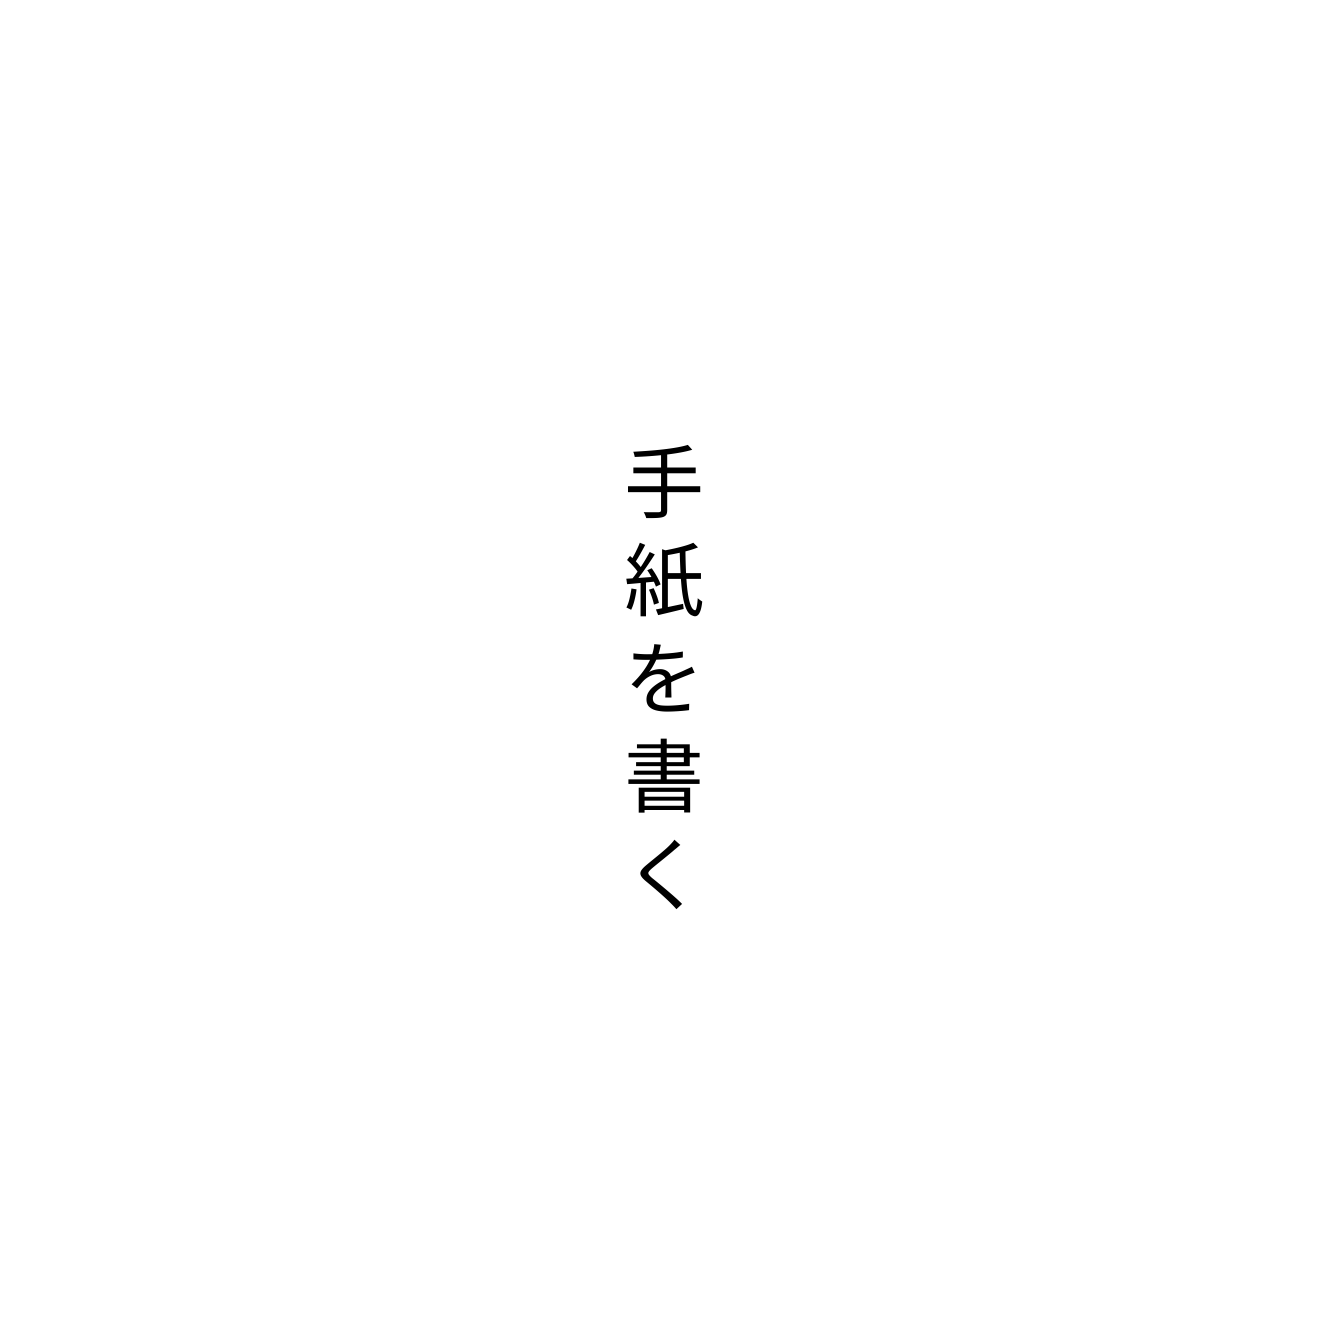
手紙を書く